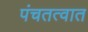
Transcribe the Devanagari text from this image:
पंचतत्वात